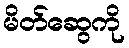
မိတ်ဆွေကို